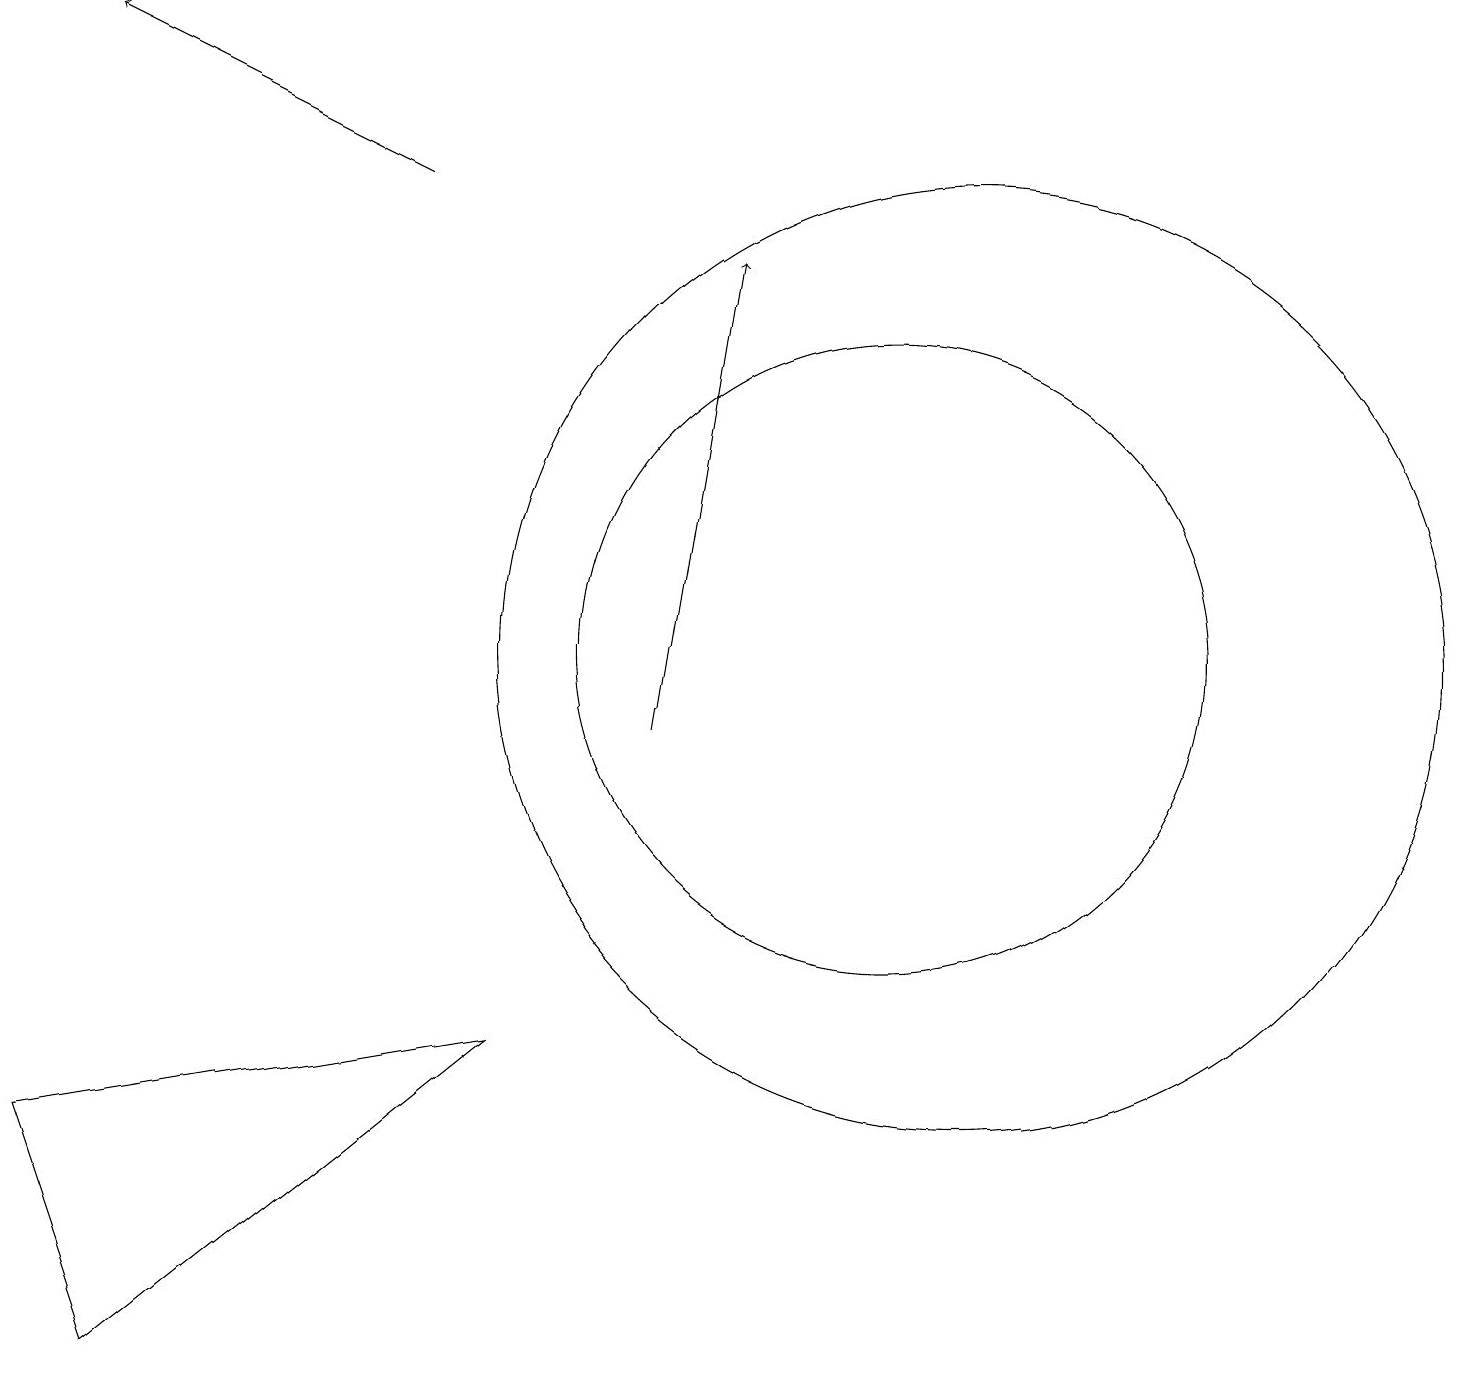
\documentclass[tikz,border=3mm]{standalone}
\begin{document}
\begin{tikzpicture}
\draw (0,5) -- (1,2) -- (6,6) -- cycle;
\draw (11,11) circle (4);
\draw[->] (5,17) -- (1,19);
\draw (12,11) circle (6);
\draw[->] (8,10) -- (9,16);
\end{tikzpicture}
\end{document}